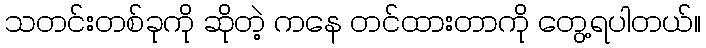
သတင်းတစ်ခုကို ဆိုတဲ့ ကနေ တင်ထားတာကို တွေ့ရပါတယ်။